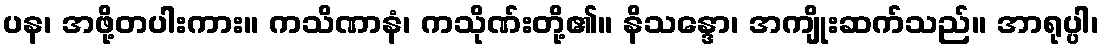
ပန၊ အဖို့တပါးကား။ ကသိဏာနံ၊ ကသိုဏ်းတို့၏။ နိသန္ဒော၊ အကျိုးဆက်သည်။ အာရုပ္ပါ၊